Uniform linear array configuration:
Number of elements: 48
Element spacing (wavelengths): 0.5
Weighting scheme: cosine
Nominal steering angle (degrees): -45
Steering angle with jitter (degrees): -43.713
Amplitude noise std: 0.05
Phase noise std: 0.05

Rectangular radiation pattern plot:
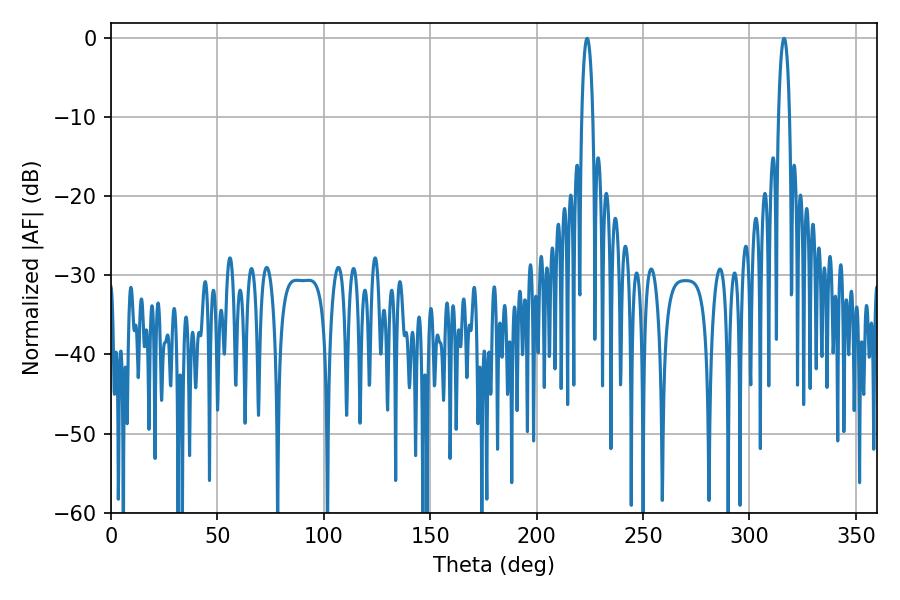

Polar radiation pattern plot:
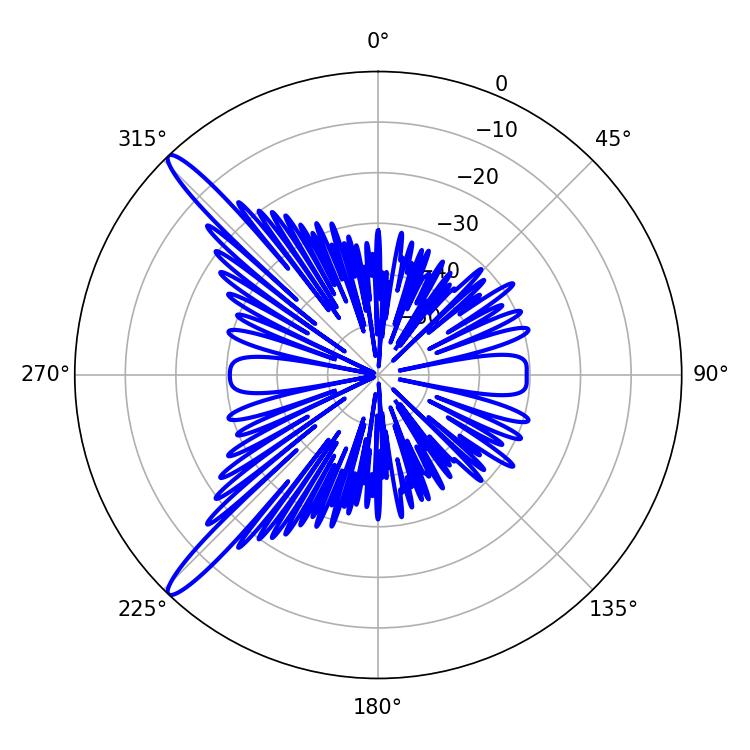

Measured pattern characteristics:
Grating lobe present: FALSE
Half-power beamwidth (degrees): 2.88
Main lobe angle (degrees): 316.26